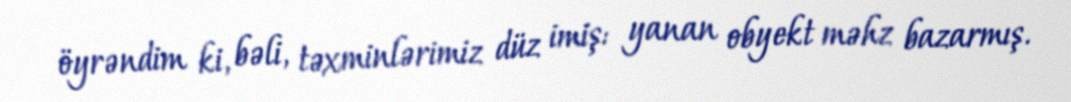
öyrəndim ki, bəli, təxminlərimiz düz imiş: yanan obyekt məhz bazarmış.